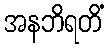
အနဘိရတိံ